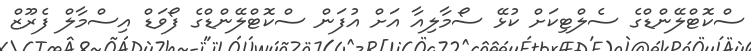
ސްކޮޓްލޭންޑްގެ ސެލްޓިކަށް ކުޅޭ ސޯމާލިއާ އަށް އުފަން ސްކޮޓްލޭންޑްގެ ފޯވަޑް އިސްމާލް ފެރޫޒް